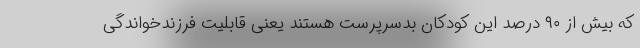
که بیش از ۹۰ درصد این کودکان بدسرپرست هستند یعنی قابلیت فرزندخواندگی